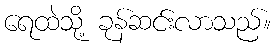
ရေထဲသို့ ခုန်ဆင်းလာသည်။